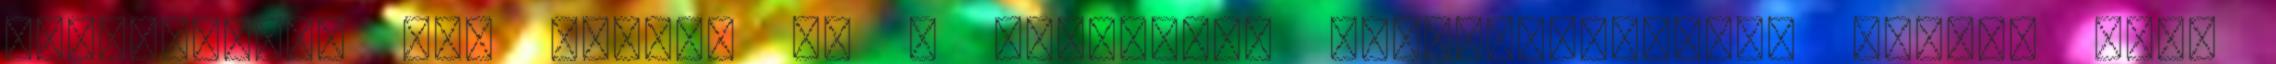
Görögország nem veszik le a migránsok ujjlenyomatait, holott erre